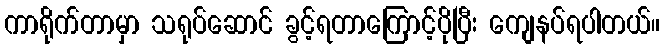
ကာရိုက်တာမှာ သရုပ်ဆောင် ခွင့်ရတာကြောင့်ပိုပြီး ကျေနပ်ရပါတယ်။